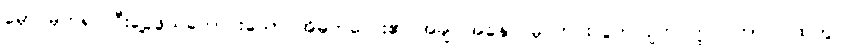
မှောင်မိုက်၍ ငြီးငွေ့ဖွယ်ကောင်းသော အိမ်ကလေး၏ အချုပ်အနှောင်မှ ကင်းလွတ်လျက် ဤလဟာပြင်ထဲတွင်